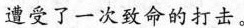
遭受了一次致命的打击。